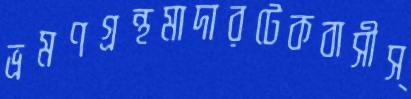
ভ্রমণগ্রন্থমাদারটেকবাসীস্